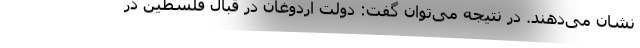
نشان می­دهند. در نتیجه می­توان گفت: دولت اردوغان در قبال فلسطین در